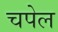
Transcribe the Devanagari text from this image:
चपेल